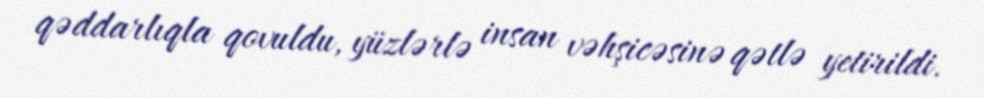
qəddarlıqla qovuldu, yüzlərlə insan vəhşicəsinə qətlə yetirildi.